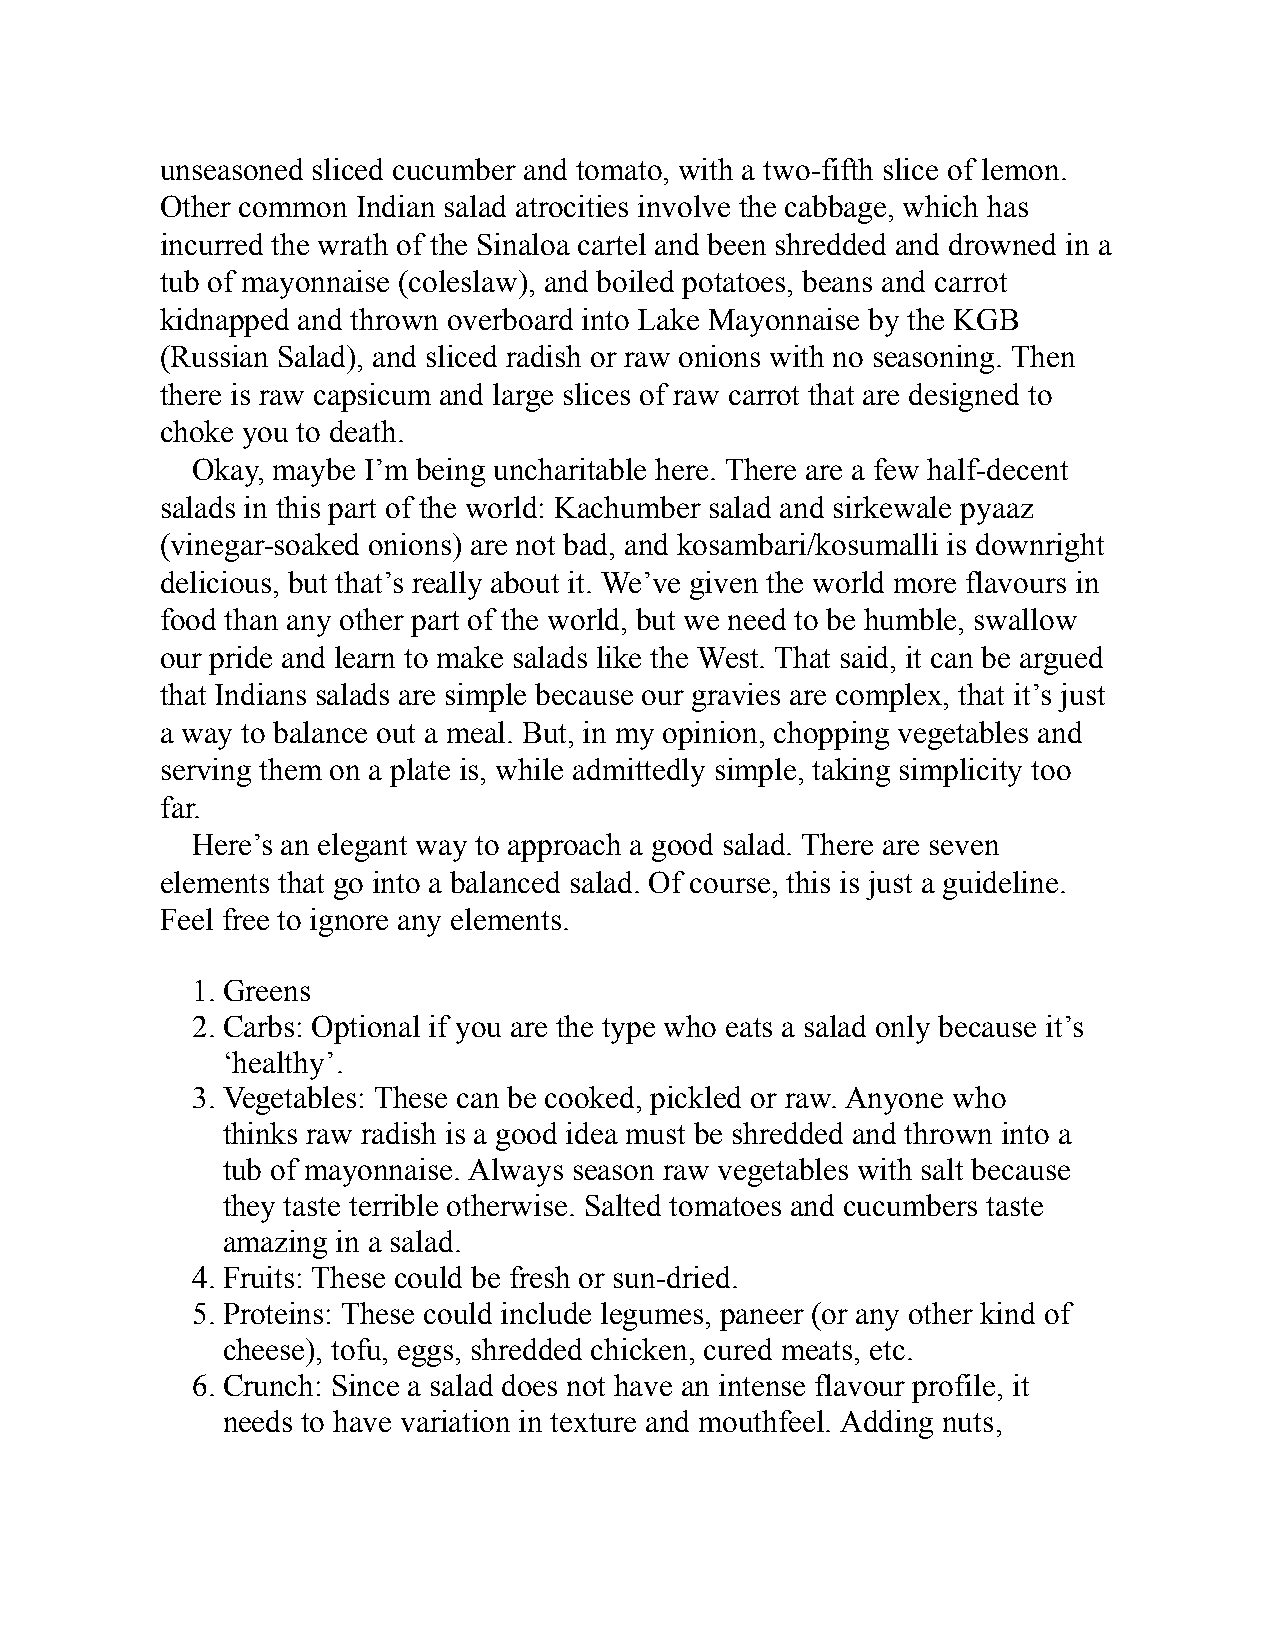
unseasoned sliced cucumber and tomato, with a two-fifth slice of lemon.
 Other common Indian salad atrocities involve the cabbage, which has
 incurred the wrath of the Sinaloa cartel and been shredded and drowned in a
 tub of mayonnaise (coleslaw), and boiled potatoes, beans and carrot
 kidnapped and thrown overboard into Lake Mayonnaise by the KGB
 (Russian Salad), and sliced radish or raw onions with no seasoning. Then
 there is raw capsicum and large slices of raw carrot that are designed to
 choke you to death.
 Okay, maybe I’m being uncharitable here. There are a few half-decent
 salads in this part of the world: Kachumber salad and sirkewale pyaaz
 (vinegar-soaked onions) are not bad, and kosambari/kosumalli is downright
 delicious, but that’s really about it. We’ve given the world more flavours in
 food than any other part of the world, but we need to be humble, swallow
 our pride and learn to make salads like the West. That said, it can be argued
 that Indians salads are simple because our gravies are complex, that it’s just
 a way to balance out a meal. But, in my opinion, chopping vegetables and
 serving them on a plate is, while admittedly simple, taking simplicity too
 far.
 Here’s an elegant way to approach a good salad. There are seven
 elements that go into a balanced salad. Of course, this is just a guideline.
 Feel free to ignore any elements.
 1. Greens
 2. Carbs: Optional if you are the type who eats a salad only because it’s
 ‘healthy’.
 3. Vegetables: These can be cooked, pickled or raw. Anyone who
 thinks raw radish is a good idea must be shredded and thrown into a
 tub of mayonnaise. Always season raw vegetables with salt because
 they taste terrible otherwise. Salted tomatoes and cucumbers taste
 amazing in a salad.
 4. Fruits: These could be fresh or sun-dried.
 5. Proteins: These could include legumes, paneer (or any other kind of
 cheese), tofu, eggs, shredded chicken, cured meats, etc.
 6. Crunch: Since a salad does not have an intense flavour profile, it
 needs to have variation in texture and mouthfeel. Adding nuts,